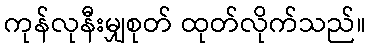
ကုန်လုနီးမျှစုတ် ထုတ်လိုက်သည်။